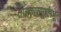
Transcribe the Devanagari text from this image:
तारकासमूहांमधून